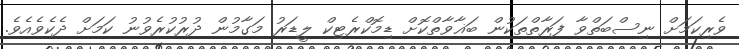
ވެރިކަމަށް ނިސްބަތްވާ ފަރާތްތަކުން ބަޣާވާތްކޮށް ޑިމޮކްރެޓިކް ލީޑަރު މަގާމުން ދުރުކުރެވުނު ކަމަށް ދެކެވެއެވެ.